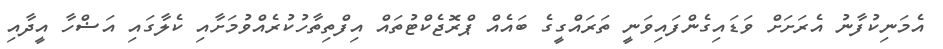
އެމަނިކުފާނު އެރަށަށް ވަޑައިގެންފައިވަނީ ތަރައްގީގެ ބައެއް ޕްރޮޖެކްޓުތައް އިފްތިތާހުކުރެއްވުމަށާއި ކެލާގައި އަޟްހާ އީދާއި